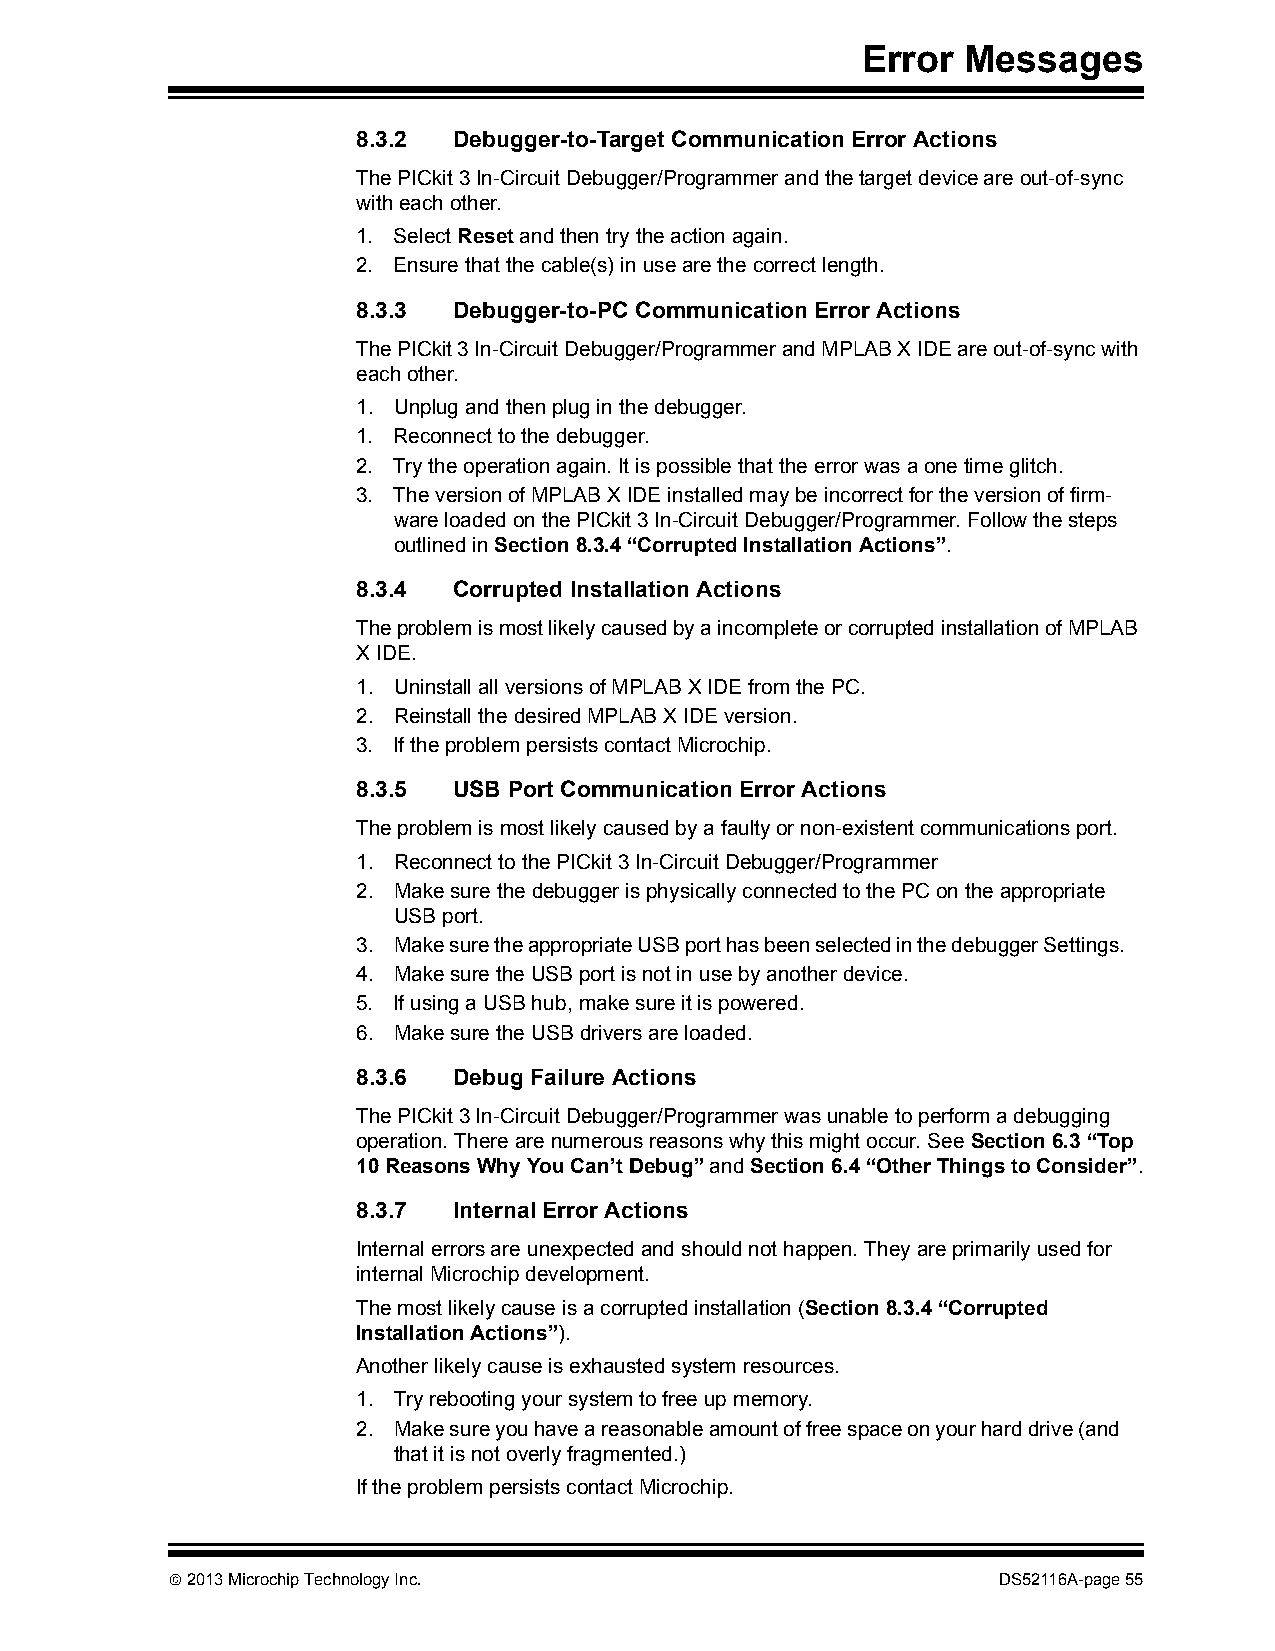
Error  Messages
 8.3.2 Debugger-to-Target Communication Error Actions
 The PICkit 3 In-Circuit Debugger/Programmer and the target device are out-of-sync
 with each other.
 1. Select Reset and then try the action again.
 2. Ensure that the cable(s) in use are the correct length.
 8.3.3 Debugger-to-PC Communication Error Actions
 The PICkit 3 In-Circuit Debugger/Programmer and MPLAB X IDE are out-of-sync with
 each other.
 1. Unplug and then plug in the debugger.
 1. Reconnect to the debugger.
 2. Try the operation again. It is possible that the error was a one time glitch.
 3. The version of MPLAB X IDE installed may be incorrect for the version of firm-
 ware loaded on the PICkit 3 In-Circuit Debugger/Programmer. Follow the steps
 outlined in Section8.3.4“Corrupted Installation Actions”.
 8.3.4 Corrupted Installation Actions
 The problem is most likely caused by a incomplete or corrupted installation of MPLAB
 X IDE.
 1. Uninstall all versions of MPLAB X IDE from the PC.
 2. Reinstall the desired MPLAB X IDE version.
 3. If the problem persists contact Microchip.
 8.3.5 USB Port Communication Error Actions
 The problem is most likely caused by a faulty or non-existent communications port.
 1. Reconnect to the PICkit 3 In-Circuit Debugger/Programmer
 2. Make sure the debugger is physically connected to the PC on the appropriate
 USB port.
 3. Make sure the appropriate USB port has been selected in the debugger Settings.
 4. Make sure the USB port is not in use by another device.
 5. If using a USB hub, make sure it is powered.
 6. Make sure the USB drivers are loaded.
 8.3.6 Debug Failure Actions
 The PICkit 3 In-Circuit Debugger/Programmer was unable to perform a debugging
 operation. There are numerous reasons why this might occur. See Section6.3“Top
 10 Reasons Why You Can’t Debug” and Section6.4“Other Things to Consider”.
 8.3.7 Internal Error Actions
 Internal errors are unexpected and should not happen. They are primarily used for
 internal Microchip development.
 The most likely cause is a corrupted installation (Section8.3.4“Corrupted
 Installation Actions”).
 Another likely cause is exhausted system resources.
 1. Try rebooting your system to free up memory.
 2. Make sure you have a reasonable amount of free space on your hard drive (and
 that it is not overly fragmented.)
 If the problem persists contact Microchip.
  2013 Microchip Technology Inc.                       DS52116A-page 55